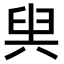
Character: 𠔜